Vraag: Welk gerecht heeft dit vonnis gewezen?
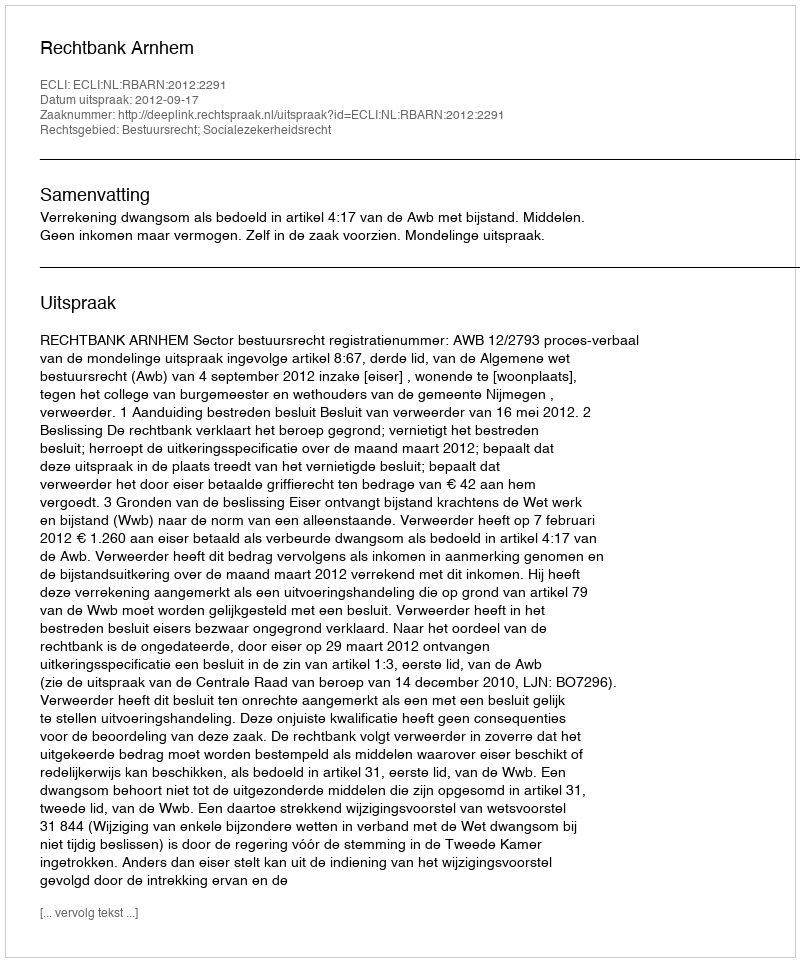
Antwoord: Rechtbank Arnhem